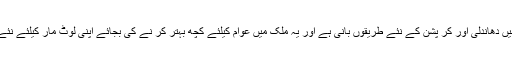
انہوں نے کہا کہ (ن) لیگ ملک میں دھاندلی اور کر پشن کے نئے طریقوں بانی ہے اور یہ ملک میں عوام کیلئے کچھ بہتر کر نے کی بجائے اپنی لوٹ مار کیلئے نئے نئے منصوبے ایجاد کرتے ہیں ۔